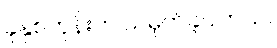
ခုနှစ်တုန်းက သမုတ်ခဲ့ပါတယ်။